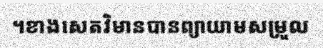
។ខាងសេតវិមានបានព្យាយាមសម្រួល